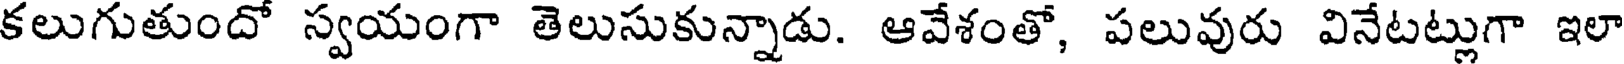
కలుగుతుందో స్వయంగా తెలుసుకున్నాడు. ఆవేశంతో, పలువురు వినేటట్లుగా ఇలా